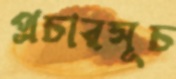
প্রচারসূচ